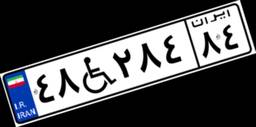
۴۸W۲۸۴۸۴